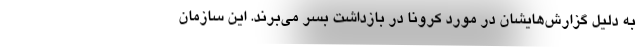
به دلیل گزارش‌هایشان در مورد کرونا در بازداشت بسر می‌برند. این سازمان